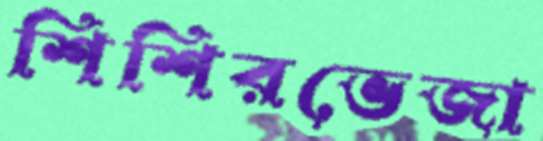
শিশিরভেজা